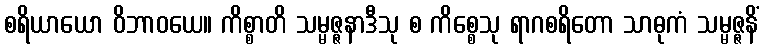
စရိယာယော ဝိဘာဝယေ။ ကိစ္စာတိ သမ္မဇ္ဇနာဒီသု စ ကိစ္စေသု ရာဂစရိတော သာဓုကံ သမ္မဇ္ဇနိံ